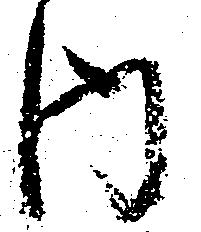
内